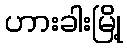
ဟားခါးမြို့